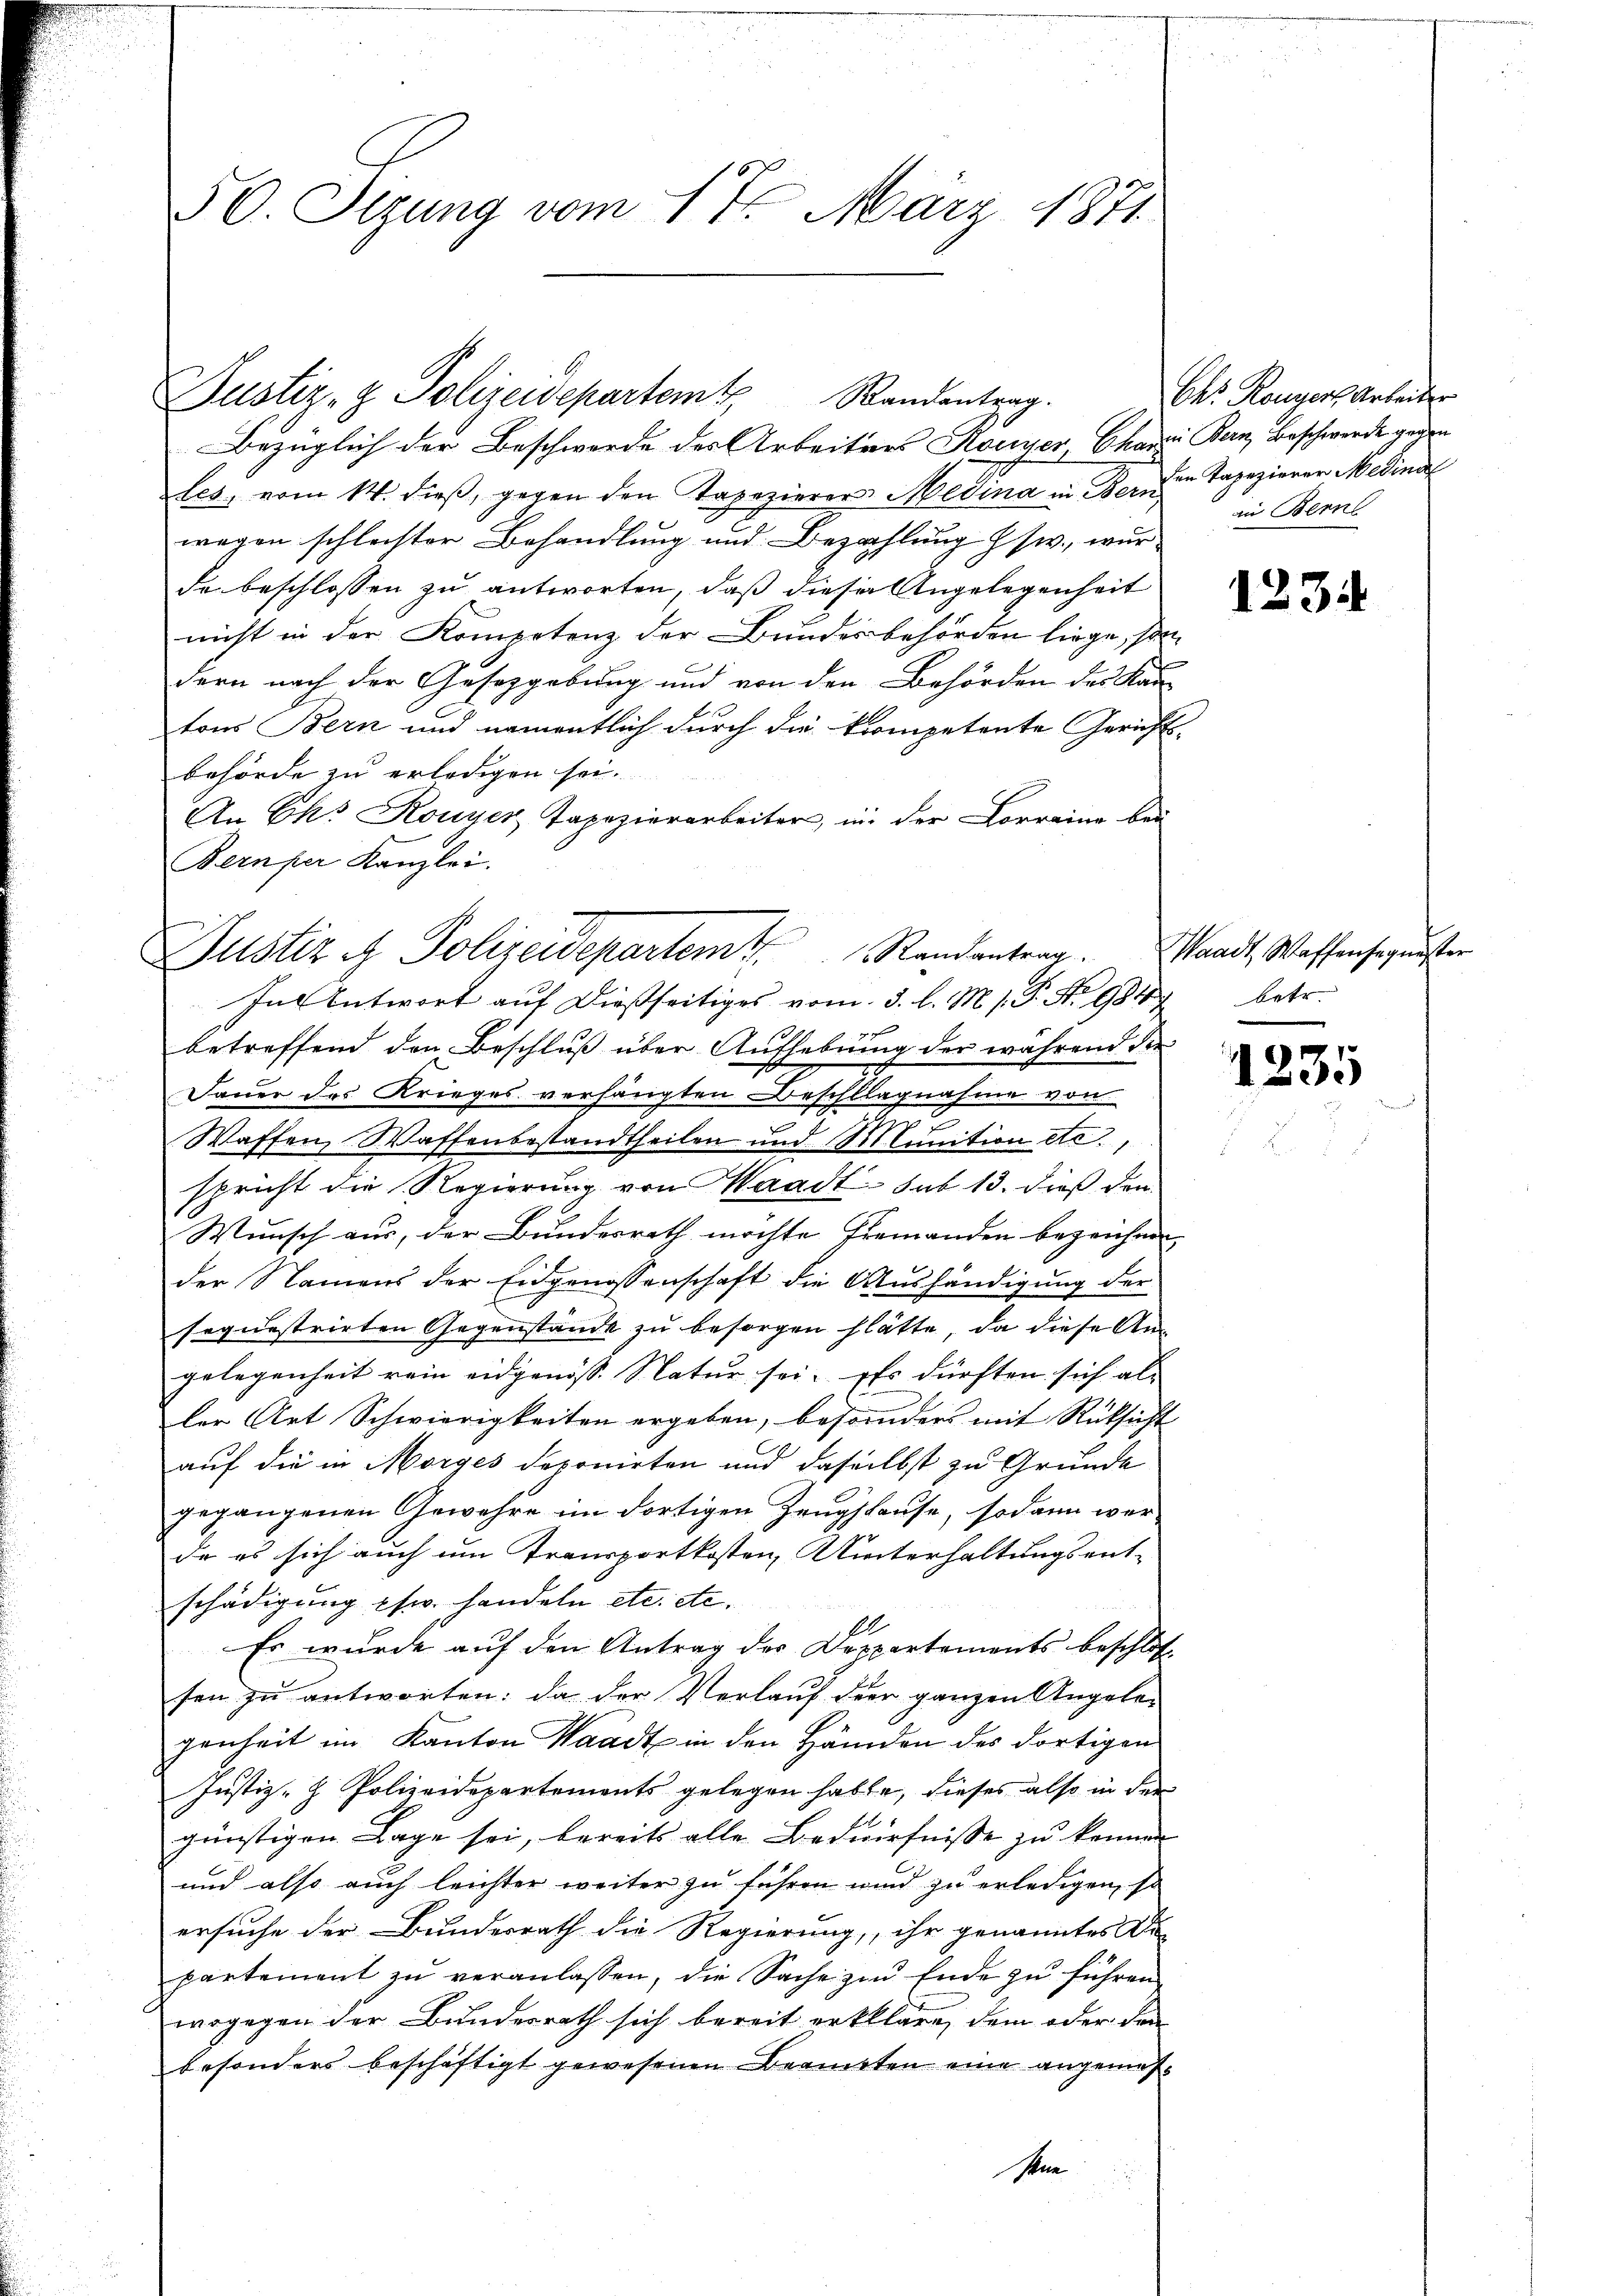
Justiz- & Polizeidepartemt Randentrag.

50. Sezung vom 17. März 1871.

Bezüglich der Beschwerde des Arbeitens Konser Chara Bern, Beschwerde gegen
les, vom 14. dieβ, gegen den Tapezierers Medina in Bei die Tapezierer Medina
wegen schleister Behandlung und Bezahlung § sw., wur-
de beschlossen zu antworten, daß dieser Angelegenheit
nicht in der Kompetenz der Bundesbehörden liege, son-
dern nach der Gesetzgebung und von den Behörden des Kan-
tons Bern und namentlich durch die kompetente Gerichts-
behörde zu erledigen sei.
An Eks Rouyer Tapezierarbeiter, in der Correine bei
Bermper Kanzlei.
In Antwort auf dießseitiges vom 3. l. M. s. P. Nr. 9847 betr.
77
betreffend den Beschluß über Aufhebung der während die
Jauer des Krieges verhängten Beschlagnahme von
Waffen, Waffenbestandtheilen und Munition etc.,
spricht die Regierung von Waadt sub 13. dieß den
Wunsch aus, der Bundesrath möchte Ehemanden bezeichnen |
der Namens der Eidgenossenschaft die Aushändigung der
sequestrirten Gegenstände zu besorgen hätte, da diese Angelegenheit rein eidgenöss. Natur sei. Es dürften sich als
ler Art Schwierigkeiten ergeben, besonders mit Rücksicht
auf die in Morges deponirten und daselbst zu Grunde
gegangenen Gewehre im dortigen Zeugshause, sodann wer-
de es sich auch um Transportkosten, Winterhaltungsent-
schädigung psw. handeln etc. etc.
Es wurde auf den Antrag des Deppartements beschlos
sen zu antworten: da der Verlauf der ganzen Angeler
genheit im Kanton Waadt in den Händen des dortigen
Justiz- & Polizeidepartements gelegen habte, dieses also in der
günstigen Lage sei, bereits alle Bedürfnisse zu können
und also auch leichter weiter zu führen wird zu erledigen, so
ersuche der Bundesrath die Regierung, ihr genanntes r
partement zŭ veranlassen, die Sache zu Ende zu führen
wogegen der Bundesrath sich bereit erkläre, dem oder den
besonders beschäftigt gewesenen Beanten eine angemessen

Justiz & Polizeidepartem Randantrag.

Chr. Rouser Arbeiter
in Bern

1234

Waadt, Waffensegnester

1235